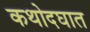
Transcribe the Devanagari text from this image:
कथोदघात